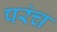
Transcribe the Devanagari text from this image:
परंच